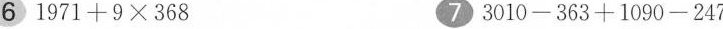
6 $$1 9 7 1 + 9 \times 3 6 8$$ 7 $$3 0 1 0 - 3 6 3 + 1 0 9 0 - 2 47$$